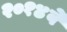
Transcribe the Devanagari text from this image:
२०१४वे